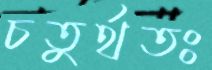
চতুর্থতঃ